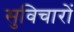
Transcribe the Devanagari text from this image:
सुविचारों